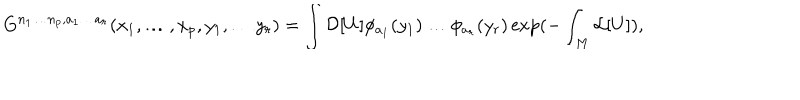
LaTeX: G ^ { n _ { 1 } \ldots n _ { p } , a _ { 1 } \ldots a _ { r } } ( x _ { 1 } , \ldots , x _ { p } , y _ { 1 } , \ldots y _ { r } ) = \int { \cal D } [ U ] \phi _ { a _ { 1 } } ( y _ { 1 } ) \ldots \phi _ { a _ { r } } ( y _ { r } ) \exp ( - \int _ { M } { \cal L } [ U ] ) ,